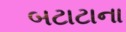
બટાટાના